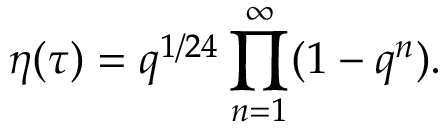
\eta ( \tau ) = q ^ { 1 / 2 4 } \prod _ { n = 1 } ^ { \infty } ( 1 - q ^ { n } ) .